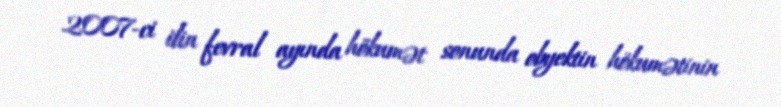
2007-ci ilin fevral ayında hökumət sonunda obyektin hökumətinin